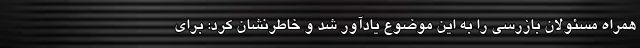
همراه مسئولان بازرسی را به این موضوع یادآور شد و خاطرنشان کرد: برای